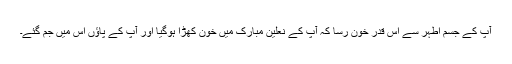
آپؐ کے جسمِ اطہر سے اس قدر خون رسا کہ آپؐ کے نعلین مبارک میں خون کھڑا ہوگیا اور آپؐ کے پاؤں اس میں جم گئے۔